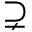
\supsetneq